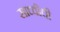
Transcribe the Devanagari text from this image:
साध्वीची